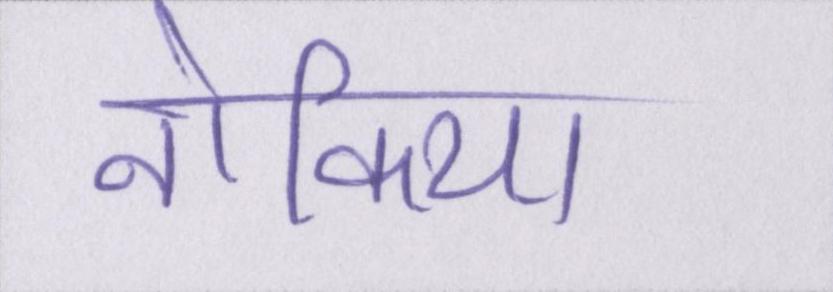
नोकिया